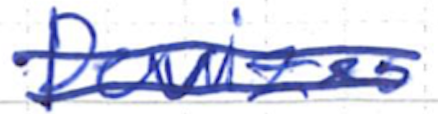
Text: Devizes
Cross-out: mix
Writing tool: ballpoint